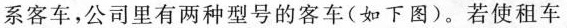
系客车，公司里有两种型号的客车(如下图)。若使租车